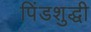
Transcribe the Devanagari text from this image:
पिंडशुद्धी